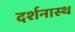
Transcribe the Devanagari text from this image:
दर्शनास्थ